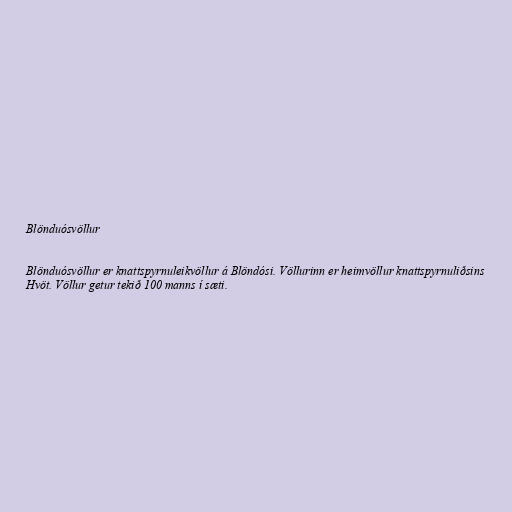
Blönduósvöllur

Blönduósvöllur er knattspyrnuleikvöllur á Blöndósi. Völlurinn er heimvöllur knattspyrnuliðsins
Hvöt. Völlur getur tekið 100 manns í sæti.